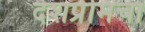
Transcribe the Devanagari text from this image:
देशप्रेमिंचा